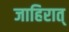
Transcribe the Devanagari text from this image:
जाहिरात्